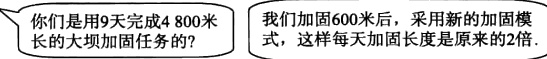
你们是用9天完成4 800米长的大坝加固任务的？
我们加固600米后，采用新的加固模式，这样每天加固长度是原来的2倍.